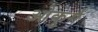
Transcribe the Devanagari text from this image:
ओकुर्ग